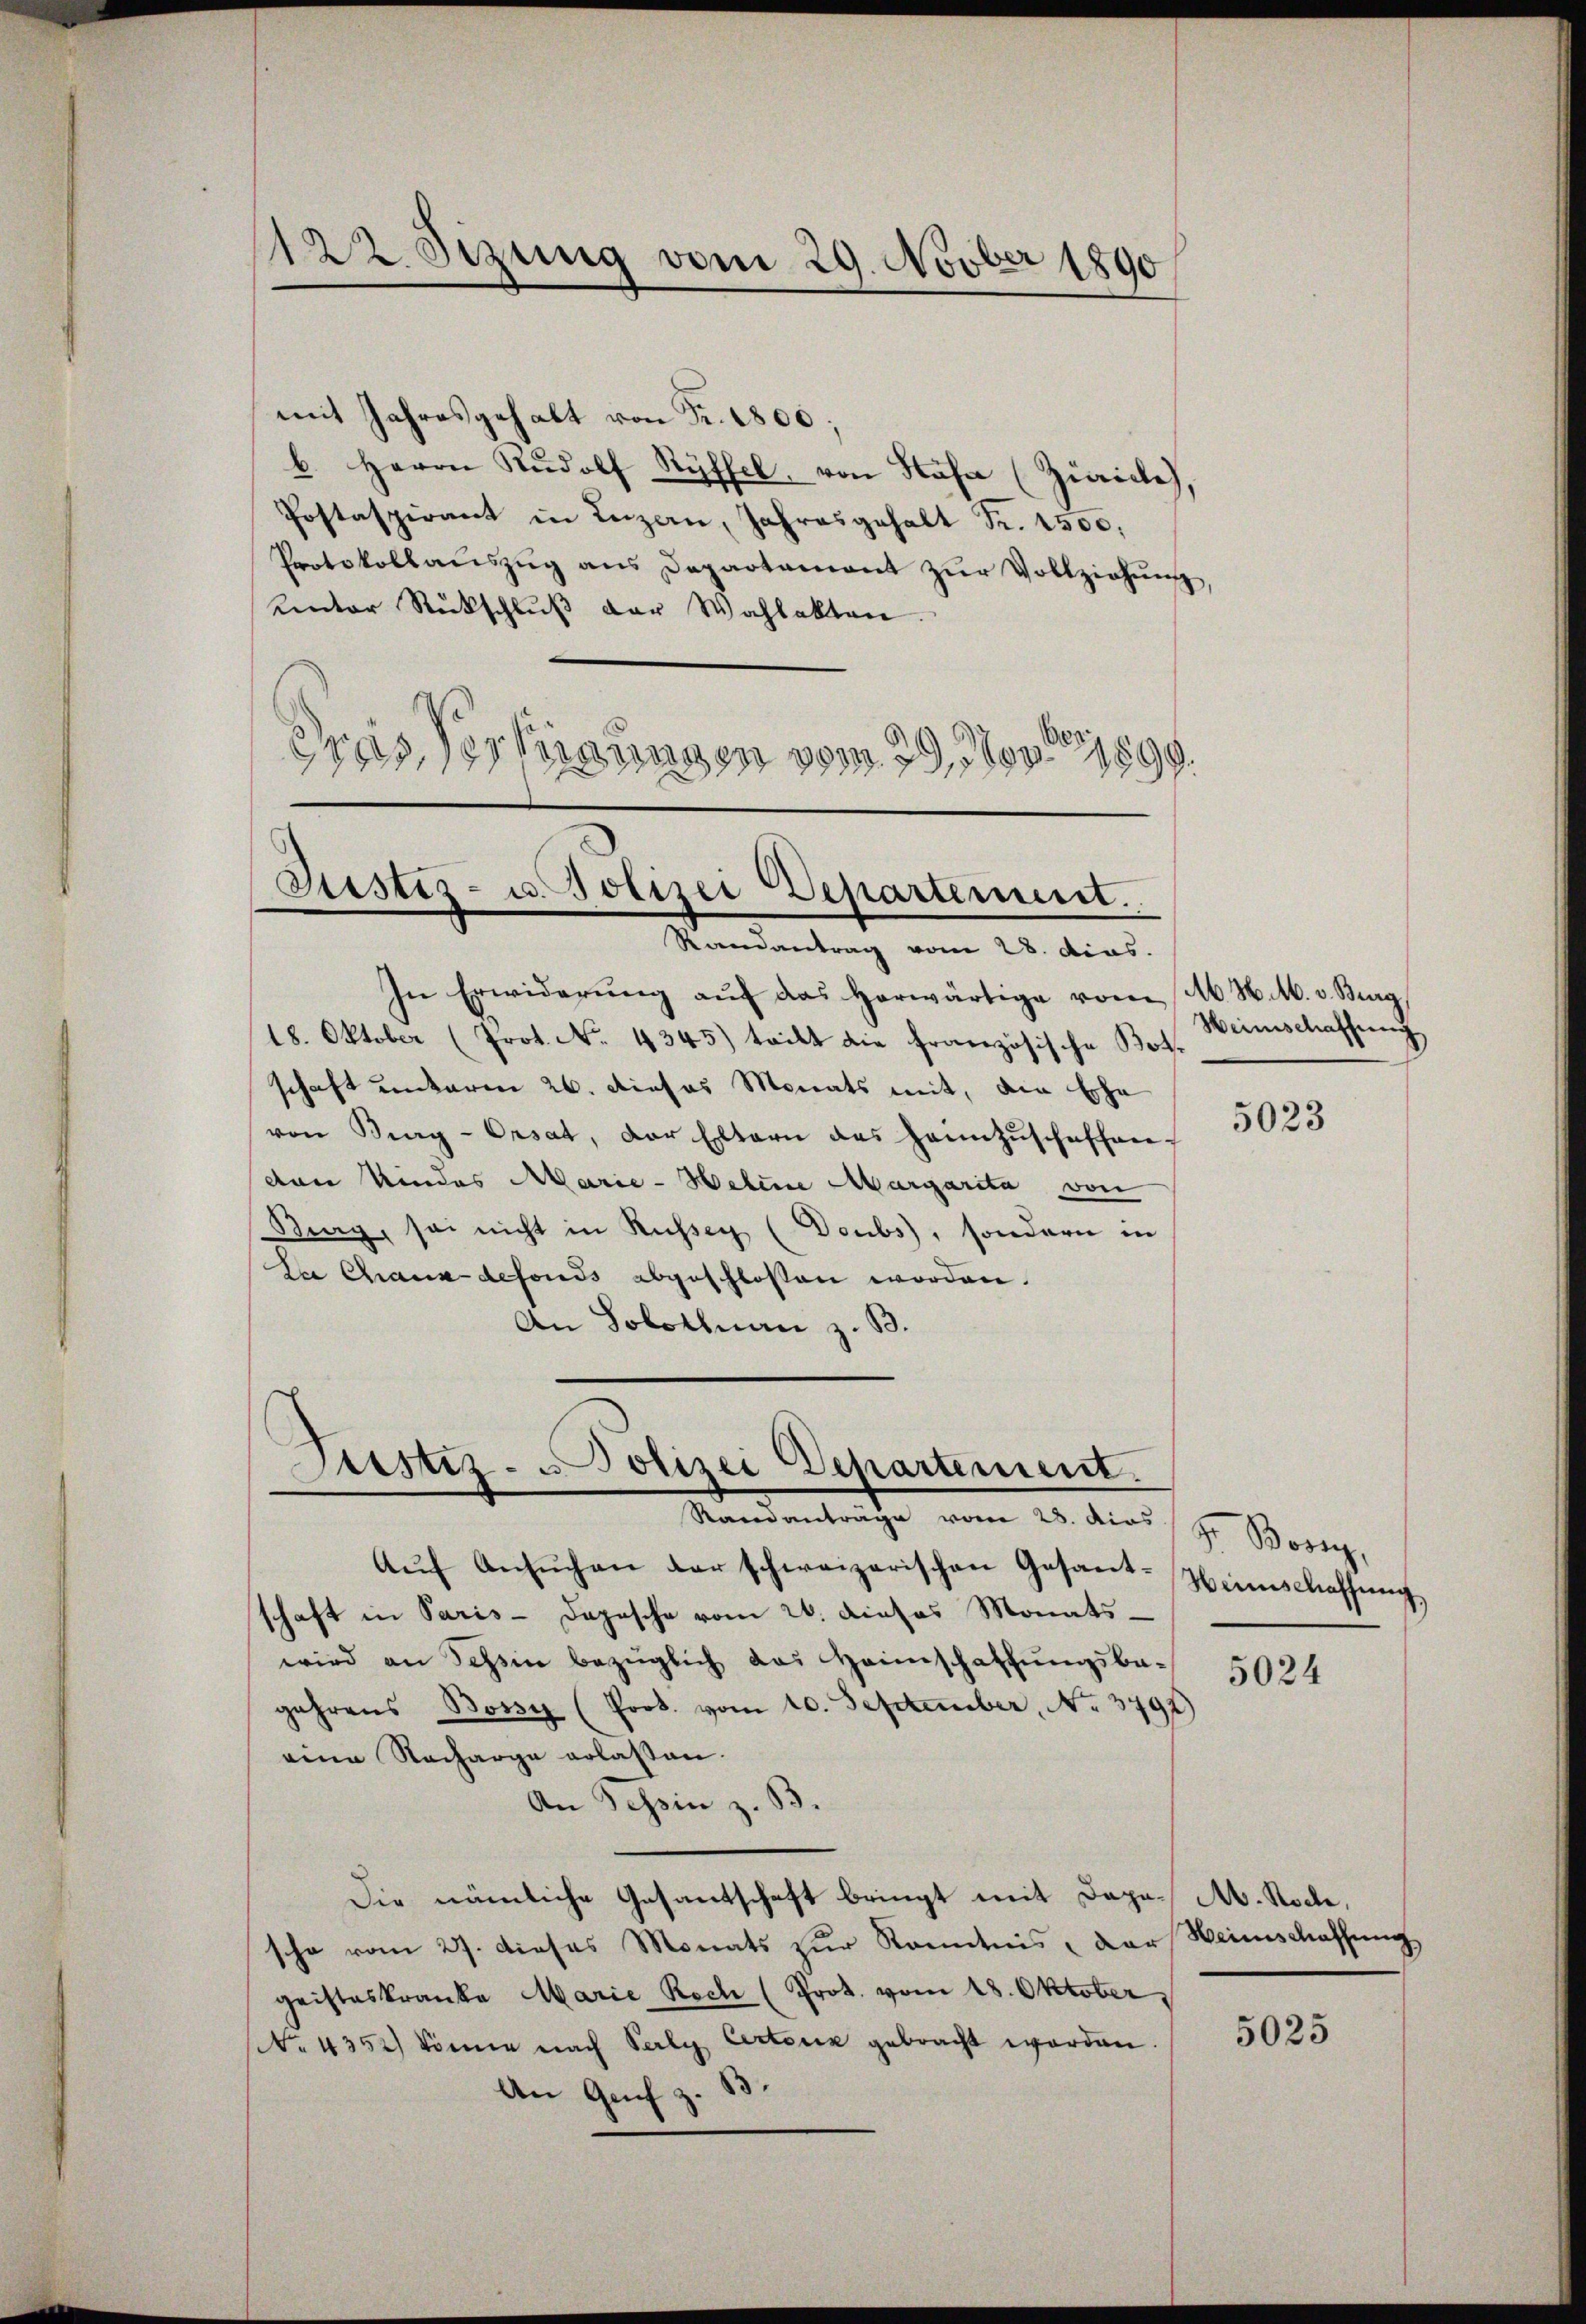
122. Sizung vom 29. Novber 1890

mit Jahresgehalt von Fr. 1800;
b. Herrn Rudolf Ryffel, von Hahn (Ziaicles,
Postaspirant in Luzern, Jahresgehalt S. 1500,
Protokollaŭszŭg ans Departement zŭr Vollziehung,
Kantor Rückschlŭβ der Wahlakten.
dres Vertigungen vom 29. May 1899.

Justiz- u. Polizei Departement.
Rerendantrag vom 28. dies.

In Erwiderŭng aŭf das herwärtige vom Ab. H. M. v. Burg,
18. Oktober (Prot. No. 4345) teilt die französische Bote
schaft unterm 26. dieses Monats mit, ain Ehe
von Berg-Orsat, der Eltern das Hannzŭschaffen-
den Kindes Marie - Helene Margarita von
Burg, sei nicht in Russer (Doubs), sondern in
De Chaux defonds abgeschlossen worden.
An Solothuan z. B.

Aŭf Ansŭchen der schweizerischen Gesant-Heimschaffŭng,
schaft in Paris - Dopesche vom 26. dieses Monats-
wird an Schein bezüglich das Heimschaffungsbe-
gehrens Bossy (Prot. vom 10. September, No. 3797)
eine Nacharge erlassen.
An Tessin z. B
Die nämliche Gesantschaft bringt mit Dapa. A. Stocke,
sche vom 27. dieses Monats zur Kenntnis, der Weinschaffung
geisteskranke Marie Rech (Prot. vom 18. Oktober,
No. 4352) könne nach Perly Certonik gebracht worden.
An Genf z. B.

Sistiz- Polizei Departement.
Randanträge vom 28. dies

Heinschaffung

5023

Fr. Bori,

5024

5025